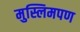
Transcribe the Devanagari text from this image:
मुस्लिमपण